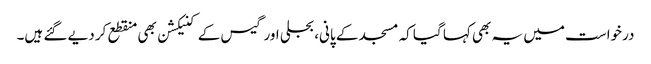
درخواست میں یہ بھی کہا گیا کہ مسجد کے پانی، بجلی اور گیس کے کنیکشن بھی منقطع کر دیے گئے ہیں۔